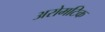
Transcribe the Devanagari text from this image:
अरोमटिक